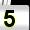
Digit: 5